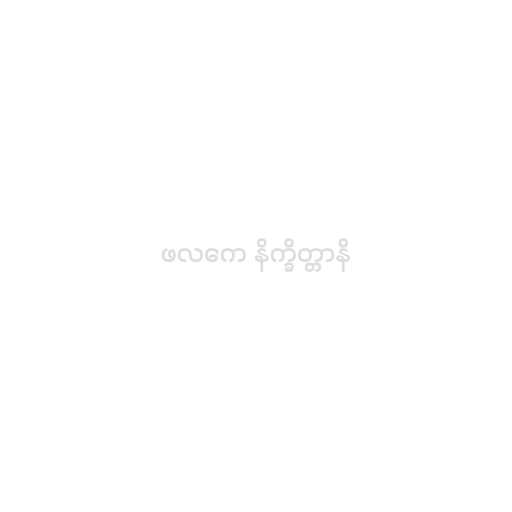
ဖလကေ နိက္ခိတ္တာနိ